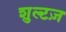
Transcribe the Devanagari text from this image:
शुल्टज़